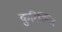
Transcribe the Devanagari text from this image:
कुरिञ्ञि